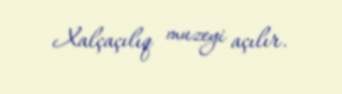
Xalçaçılıq muzeyi açılır.